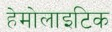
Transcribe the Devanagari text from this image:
हेमोलाइटिक